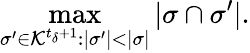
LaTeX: \operatorname*{max}_{\sigma^{\prime}\in\mathcal{K}^{t_{\delta}+1}:|\sigma^{\prime}|<|\sigma|}|\sigma\cap\sigma^{\prime}|.